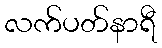
လက်ပတ်နာရီ